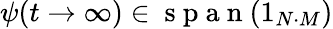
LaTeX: \psi(t\rightarrow\infty)\in\mathrm{~s~p~a~n~}(1_{N\cdot M})